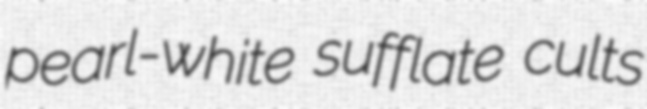
pearl-white sufflate cults